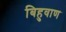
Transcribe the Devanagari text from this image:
बिहुवाण